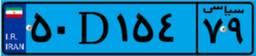
۵۰D۱۵۴۷۹